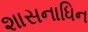
શાસનાધિન